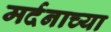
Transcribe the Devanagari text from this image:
मर्दनाच्या